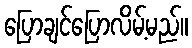
ပြောချင်ပြောလိမ့်မည်။